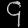
Digit: ၄